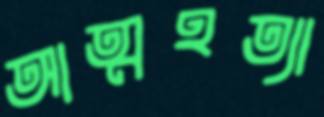
আত্মহত্যা